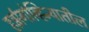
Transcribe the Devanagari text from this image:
हर्झगोव्हिन्यातील